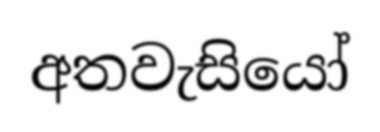
අතවැසියෝ